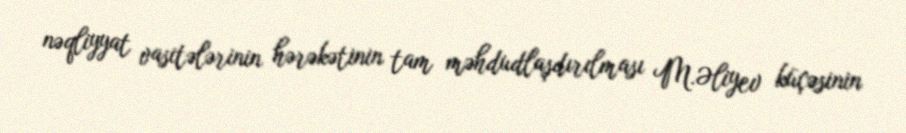
nəqliyyat vasitələrinin hərəkətinin tam məhdudlaşdırılması M.Əliyev küçəsinin